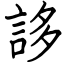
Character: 誃